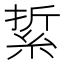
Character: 䋢